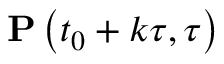
\mathbf { P } \left( t _ { 0 } + k \tau , \tau \right)